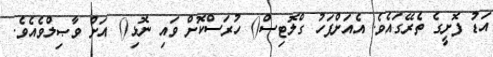
އަޑު ފޮށީގެ ތެރޭގައެވެ. އެއަށްފަހު ގްލޮޓިސް() ހުރަސްކޮށް ވައި ނޮޅި() އަށް ވާޞިލްވެއެވެ.